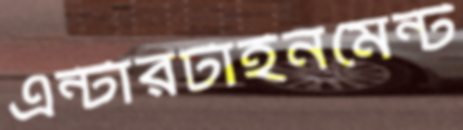
এন্টারটাইনমেন্ট